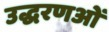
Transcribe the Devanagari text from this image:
उद्धरणओं